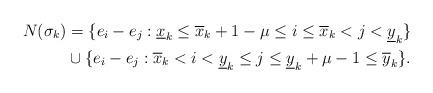
LaTeX: \begin{align*} N(\sigma_k) &= \{e_i - e_j : \underline x_k \leq \overline x_k + 1 - \mu \leq i \leq \overline x_k < j < \underline y_k\} \\ & \cup \{e_i - e_j : \overline x_k < i < \underline y_k \leq j \leq \underline y_k + \mu - 1 \leq \overline y_k\}.\end{align*}